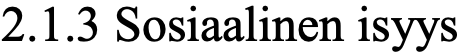
2.1.3 Sosiaalinen isyys